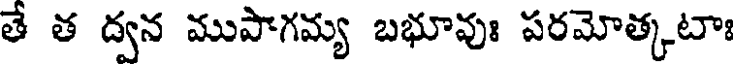
తే త ద్వన ముపాగమ్య బభూవుః పరమోత్కటాః